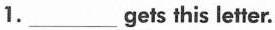
1.___gets this letter.